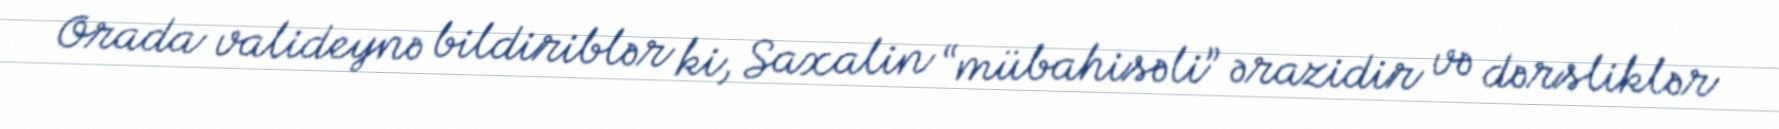
Orada valideynə bildiriblər ki, Saxalin “mübahisəli” ərazidir və dərsliklər